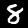
Label: 8